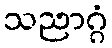
သညာဂ္ဂံ